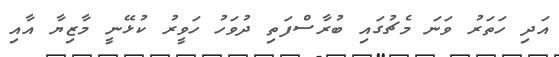
އަދި ހަތަރު ވަނަ މެޗުގައި ބުރާސްފަތި ދުވަހު ހަވީރު ކުޅޭނީ މާޒިޔާ އާއި